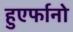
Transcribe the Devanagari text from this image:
हुएर्फानो